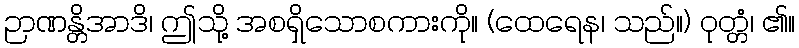
ဉာဏန္တိအာဒိ၊ ဤသို့ အစရှိသောစကားကို။ (ထေရေန၊ သည်။) ဝုတ္တံ၊ ၏။